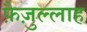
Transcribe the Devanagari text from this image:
फ़ैज़ुल्लाह